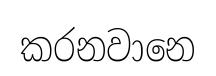
කරනවානෙ